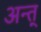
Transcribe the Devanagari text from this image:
अन्त्